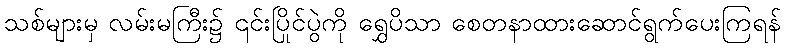
သစ်များမှ လမ်းမကြီး၌ ၎င်းပြိုင်ပွဲကို ရွှေပိသာ စေတနာထားဆောင်ရွက်ပေးကြရန်